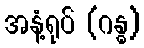
အနံ့ရုပ် (ဂန္ဓ)